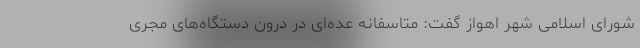
شورای اسلامی شهر اهواز گفت: متاسفانه عده‌ای در درون دستگاه‌های مجری